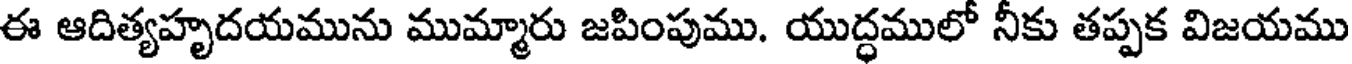
ఈ ఆదిత్యహృదయమును ముమ్మారు జపింపుము. యుద్ధములో నీకు తప్పక విజయము